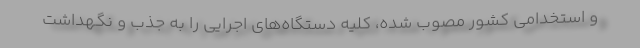
و استخدامی کشور مصوب شده، کلیه دستگاه‌های اجرایی را به جذب و نگهداشت